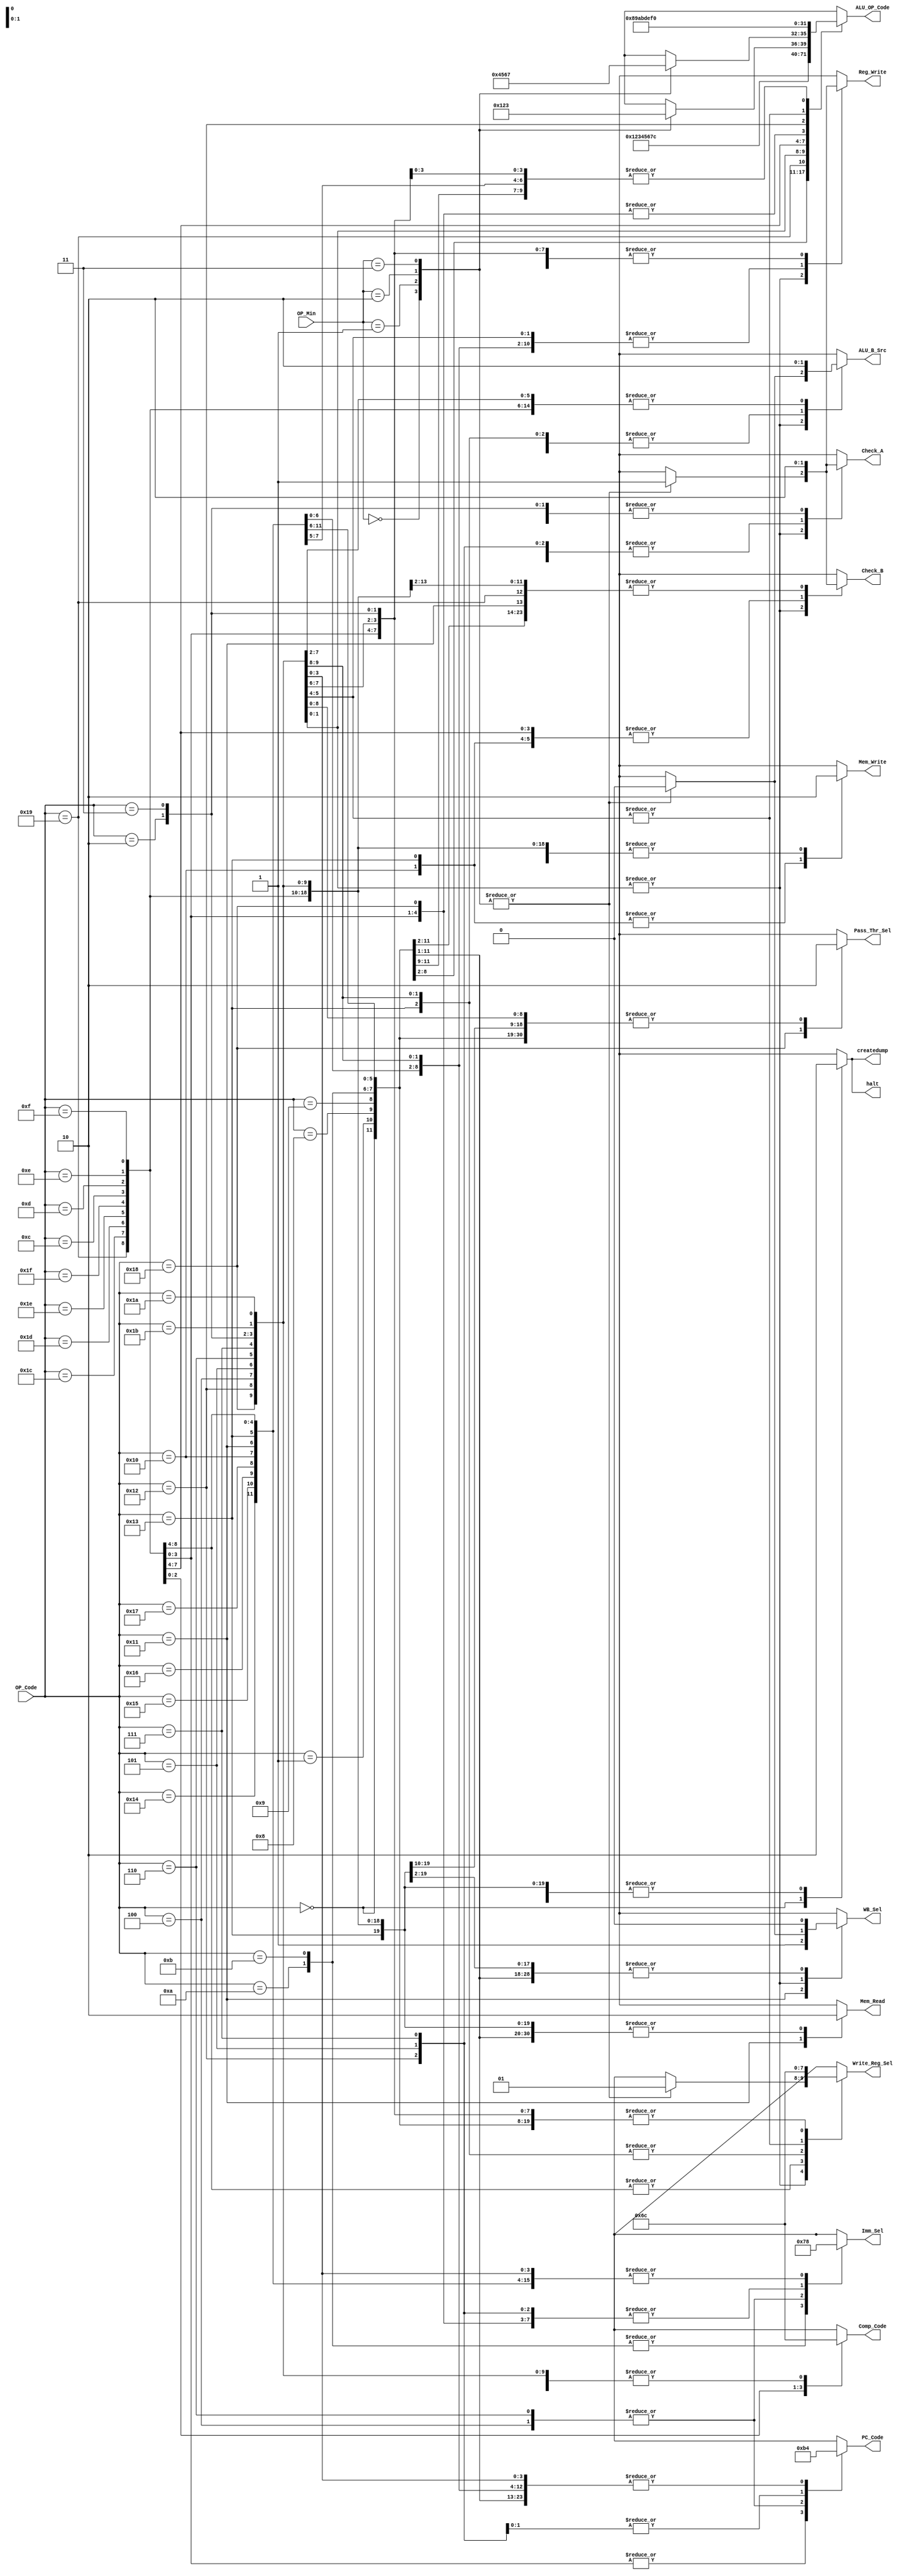
/********************************************************************************************************
/		MODULE: Processor_Control
/		PURPOSE: Given the instruction code to be performed, create the right control signals to propigate
			through the single cycle processor in order to perform that instruction.
/
/
/		INPUTS: OP_Code - Instruction to be performed
/					00000 xxxxxxxxxxx	HALT	Cease instruction issue, dump memory state to file
/					00001 xxxxxxxxxxx	NOP	None
/					01000 sss ddd iiiii		ADDI Rd, Rs, immediate	Rd <- Rs + I(sign ext.)
/					01001 sss ddd iiiii		SUBI Rd, Rs, immediate	Rd <- I(sign ext.) - Rs
/					01010 sss ddd iiiii		XORI Rd, Rs, immediate	Rd <- Rs XOR I(zero ext.)
/					01011 sss ddd iiiii		ANDNI Rd, Rs, immediate	Rd <- Rs AND ~I(zero ext.)
/					10100 sss ddd iiiii		ROLI Rd, Rs, immediate	Rd <- Rs <<(rotate) I(lowest 4 bits)
/					10101 sss ddd iiiii		SLLI Rd, Rs, immediate	Rd <- Rs << I(lowest 4 bits)
/					10110 sss ddd iiiii		RORI Rd, Rs, immediate	Rd <- Rs >>(rotate) I(lowest 4 bits)
/					10111 sss ddd iiiii		SRLI Rd, Rs, immediate	Rd <- Rs >> I(lowest 4 bits)
/					10000 sss ddd iiiii		ST Rd, Rs, immediate	Mem[Rs + I(sign ext.)] <- Rd
/					10001 sss ddd iiiii		LD Rd, Rs, immediate	Rd <- Mem[Rs + I(sign ext.)]
/					10011 sss ddd iiiii		STU Rd, Rs, immediate	Mem[Rs + I(sign ext.)] <- Rd, Rs <- Rs + I(sign ext.)
/					11001 sss xxx ddd xx	BTR Rd, Rs	Rd[bit i] <- Rs[bit 15-i] for i=0..15
/					11011 sss ttt ddd 00	ADD Rd, Rs, Rt	Rd <- Rs + Rt
/					11011 sss ttt ddd 01	SUB Rd, Rs, Rt	Rd <- Rt - Rs
/					11011 sss ttt ddd 10	XOR Rd, Rs, Rt	Rd <- Rs XOR Rt
/					11011 sss ttt ddd 11	ANDN Rd, Rs, Rt	Rd <- Rs AND ~Rt
/					11010 sss ttt ddd 00	ROL Rd, Rs, Rt	Rd <- Rs << (rotate) Rt (lowest 4 bits)
/					11010 sss ttt ddd 01	SLL Rd, Rs, Rt	Rd <- Rs << Rt (lowest 4 bits)
/					11010 sss ttt ddd 10	ROR Rd, Rs, Rt	Rd <- Rs >> (rotate) Rt (lowest 4 bits)
/					11010 sss ttt ddd 11	SRL Rd, Rs, Rt	Rd <- Rs >> Rt (lowest 4 bits)
/					11100 sss ttt ddd xx	SEQ Rd, Rs, Rt	if (Rs == Rt) then Rd <- 1 else Rd <- 0
/					11101 sss ttt ddd xx	SLT Rd, Rs, Rt	if (Rs < Rt) then Rd <- 1 else Rd <- 0
/					11110 sss ttt ddd xx	SLE Rd, Rs, Rt	if (Rs <= Rt) then Rd <- 1 else Rd <- 0
/					11111 sss ttt ddd xx	SCO Rd, Rs, Rt	if (Rs + Rt) generates carry out then Rd <- 1 else Rd <- 0
/					01100 sss iiiiiiii		BEQZ Rs, immediate	if (Rs == 0) then PC <- PC + 2 + I(sign ext.)
/					01101 sss iiiiiiii		BNEZ Rs, immediate	if (Rs != 0) then PC <- PC + 2 + I(sign ext.)
/					01110 sss iiiiiiii		BLTZ Rs, immediate	if (Rs < 0) then PC <- PC + 2 + I(sign ext.)
/					01111 sss iiiiiiii		BGEZ Rs, immediate	if (Rs >= 0) then PC <- PC + 2 + I(sign ext.)
/					11000 sss iiiiiiii		LBI Rs, immediate	Rs <- I(sign ext.)
/					10010 sss iiiiiiii		SLBI Rs, immediate	Rs <- (Rs << 8) | I(zero ext.)
/					00100 ddddddddddd		J displacement	PC <- PC + 2 + D(sign ext.)
/					00101 sss iiiiiiii		JR Rs, immediate	PC <- Rs + I(sign ext.)
/					00110 ddddddddddd		JAL displacement	R7 <- PC + 2, PC <- PC + 2 + D(sign ext.)
/					00111 sss iiiiiiii		JALR Rs, immediate	R7 <- PC + 2 PC <- Rs + I(sign ext.)
/					00010 siic Rs			produce IllegalOp exception. Must provide one source register.
/					00011 xxxxxxxxxxx		NOP / RTI	PC <- EPC
/
/		OUTPUTS: 
********************************************************************************************************/
module Processor_Control (OP_Code, OP_Min, Write_Reg_Sel, Reg_Write, PC_Code, Comp_Code, ALU_OP_Code, ALU_B_Src, Pass_Thr_Sel, Imm_Sel, Check_A, Check_B, Mem_Read, Mem_Write, WB_Sel, createdump, halt);

	input [4:0] OP_Code;
	input [1:0] OP_Min;

	output reg [1:0]	Write_Reg_Sel;
	output reg 			Reg_Write;
	output reg [1:0]	PC_Code;
	output reg [1:0]	Comp_Code;
	output reg [3:0]	ALU_OP_Code;
	output reg 			ALU_B_Src;
	output reg 			Pass_Thr_Sel;
	output reg [1:0]	Imm_Sel;
	output reg			Check_A;
	output reg			Check_B;
	output reg 			Mem_Read;
	output reg 			Mem_Write;
	output reg 			WB_Sel;
	output reg 			createdump;
	output reg 			halt;

always @ (OP_Code, OP_Min) begin
	Write_Reg_Sel = 2'h0;
	Reg_Write = 1'h0;
	PC_Code = 2'h0;
	Comp_Code = 2'h0;
	ALU_OP_Code = 4'h0;
	ALU_B_Src = 1'h0;
	Pass_Thr_Sel = 1'h0;
	Imm_Sel = 2'h0;
	Check_A = 1'h1;
	Check_B = 1'h1;
	Mem_Read = 1'h0;
	Mem_Write = 1'h0;
	WB_Sel = 1'h0;
	createdump = 1'h0;
	halt = 1'h0;
/*	
	Write_Reg_Sel [1:0]
		00 - Rd (Immediate) [7:5]
		01 - Rd (Register) [4:2]
		10 - Rs [10:8]
		11 - R7	
		
	Reg_Write - Write to Register
		0 - No Write
		1 - Write
	
	PC_Code[1:0] - Determine how the jump/branch PC is calculated
		00 - Standard Operation
		01 - Jump (Rs + Immediate)
		10 - Branch (PC + 2 + Immediate)
		11 - Jump (PC + 2 + Immediate)
	
	Check_A - Whether to check Rs for Stall, being used in instruction
		0 - Nope
		1 - Check it
		
	Check_B - Whether to check Rt for Stall, being used in instruction
		0 - Nope
		1 - Check it
		
	Comp_Code [1:0] - Comparison Codes
		00 - Equal
		01 - Not Equal
		10 - Less Than
		11 - Greater Than or Equal
		
	ALU_OP_Code = 0 // Add
	ALU_OP_Code = 1 // Subtract
	ALU_OP_Code = 2 // XOR
	ALU_OP_Code = 3 // ANDN
	ALU_OP_Code = 4 // Rotate Left
	ALU_OP_Code = 5 // Shift Left Logical
	ALU_OP_Code = 6 // Rotate Right
	ALU_OP_Code = 7 // Shift Right Logical
	ALU_OP_Code = 8 // Equal
	ALU_OP_Code = 9 // Less Than
	ALU_OP_Code = 10 A // Less Than or Equal
	ALU_OP_Code = 11 B // Carry Out
	ALU_OP_Code = 12 C // Flip
	ALU_OP_Code = 13 D // Pass Through
	ALU_OP_Code = 14 E // SLBI
	ALU_OP_Code = 15 F // PC + 2 Possibly Unused
	
	ALU_B_Src -
		0 = Register Source (Forwarding will determine from where)
		1 = Immediate Source (Already determined in Decode Stage)

	Pass_Thr_Sel - Which Src to pass through when pass through is selected
		0 = Pass through A
		1 = Pass through B
	
	Imm_Sel[1:0] - Select bits for output
		00 - 5 Bit Sign Extended
		01 - 5 Bit Zero Extended
		10 - 8 Bit Sign Extended
		11 - 11 Bit Sign Extended
		
	Mem_Read - Well
		0 - No Read
		1 - Read
		
	Mem_Write - Duh
		0 - No Write
		1 - Write
	
	WB_Sel
		0 - ALU
		1 - Memory
		
	createdump - Dump memory to things
		0 - No dump
		1 - Yes dump
		
	halt - If the processor is halted
		0 - Not halt
		1 - halt (This is complex because we have to let the other stages finish) Put halt signal at end of pipeline
			
	*/
	
	case(OP_Code)
		5'b00000: begin //HALT !!!!!!!
			//Write_Reg_Sel = 2'h0;
			//Reg_Write = 1'h0;
			//PC_Code = 2'h0; ****Make sure to Stall****
			//Comp_Code = 2'h0;
			//ALU_OP_Code = 4'h0;
			//ALU_B_Src = 1'h0;
			//Pass_Thr_Sel = 1'h0;
			//Imm_Sel = 2'h0;
			Check_A = 1'h0;
			Check_B = 1'h0;
			//Mem_Read = 1'h0;
			//Mem_Write = 1'h0;
			//WB_Sel = 1'h0;
			createdump = 1'h1;
			halt = 1'h1;
		end
		
        5'b00001: begin //NOP
			//Write_Reg_Sel = 2'h0;
			//Reg_Write = 1'h0;
			//PC_Code = 2'h0;
			//Comp_Code = 2'h0;
			//ALU_OP_Code = 4'h0;
			//ALU_B_Src = 1'h0;
			//Pass_Thr_Sel = 1'h0;
			//Imm_Sel = 2'h0;
			Check_A = 1'h0;
			Check_B = 1'h0;
			//Mem_Read = 1'h0;
			//Mem_Write = 1'h0;
			//WB_Sel = 1'h0;
			//createdump = 1'h0;
			//halt = 1'h0;
		end
		
		5'b01000: begin //ADDI
			Write_Reg_Sel = 2'h0;
			Reg_Write = 1'h1;
			//PC_Code = 2'h0;
			//Comp_Code = 2'h0;
			ALU_OP_Code = 4'h0;
			ALU_B_Src = 1'h1;
			//Pass_Thr_Sel = 1'h0;
			Imm_Sel = 2'h0;
			Check_A = 1'h1;
			Check_B = 1'h0;
			//Mem_Read = 1'h0;
			//Mem_Write = 1'h0;
			WB_Sel = 1'h0;
			//createdump = 1'h0;
			//halt = 1'h0;
		end
		
        5'b01001: begin //SUBI			
			Write_Reg_Sel = 2'h0;
			Reg_Write = 1'h1;
			//PC_Code = 2'h0;
			//Comp_Code = 2'h0;
			ALU_OP_Code = 4'h1;
			ALU_B_Src = 1'h1;
			//Pass_Thr_Sel = 1'h0;
			Imm_Sel = 2'h0;
			Check_A = 1'h1;
			Check_B = 1'h0;
			//Mem_Read = 1'h0;
			//Mem_Write = 1'h0;
			WB_Sel = 1'h0;
			//createdump = 1'h0;
			//halt = 1'h0;
		end
		
		5'b01010: begin //XORI
			Write_Reg_Sel = 2'h0;
			Reg_Write = 1'h1;
			//PC_Code = 2'h0;
			//Comp_Code = 2'h0;
			ALU_OP_Code = 4'h2;
			ALU_B_Src = 1'h1;
			//Pass_Thr_Sel = 1'h0;
			Imm_Sel = 2'h1;
			Check_A = 1'h1;
			Check_B = 1'h0;
			//Mem_Read = 1'h0;
			//Mem_Write = 1'h0;
			WB_Sel = 1'h0;
			//createdump = 1'h0;
			//halt = 1'h0;
		end
		
        5'b01011: begin //ANDNI
			Write_Reg_Sel = 2'h0;
			Reg_Write = 1'h1;
			//PC_Code = 2'h0;
			//Comp_Code = 2'h0;
			ALU_OP_Code = 4'h3;
			ALU_B_Src = 1'h1;
			//Pass_Thr_Sel = 1'h0;
			Imm_Sel = 2'h1;
			Check_A = 1'h1;
			Check_B = 1'h0;
			//Mem_Read = 1'h0;
			//Mem_Write = 1'h0;
			WB_Sel = 1'h0;
			//createdump = 1'h0;
			//halt = 1'h0;
		end
		
		5'b10100: begin //ROLI
			Write_Reg_Sel = 2'h0;
			Reg_Write = 1'h1;
			//PC_Code = 2'h0;
			//Comp_Code = 2'h0;
			ALU_OP_Code = 4'h4;
			ALU_B_Src = 1'h1;
			//Pass_Thr_Sel = 1'h0;
			Imm_Sel = 2'h0;
			Check_A = 1'h1;
			Check_B = 1'h0;
			//Mem_Read = 1'h0;
			//Mem_Write = 1'h0;
			WB_Sel = 1'h0;
			//createdump = 1'h0;
			//halt = 1'h0;
		end
		
        5'b10101: begin //SLLI
			Write_Reg_Sel = 2'h0;
			Reg_Write = 1'h1;
			//PC_Code = 2'h0;
			//Comp_Code = 2'h0;
			ALU_OP_Code = 4'h5;
			ALU_B_Src = 1'h1;
			//Pass_Thr_Sel = 1'h0;
			Imm_Sel = 2'h0;
			Check_A = 1'h1;
			Check_B = 1'h0;
			//Mem_Read = 1'h0;
			//Mem_Write = 1'h0;
			WB_Sel = 1'h0;
			//createdump = 1'h0;
			//halt = 1'h0;
		end
		
		5'b10110: begin //RORI
			Write_Reg_Sel = 2'h0;
			Reg_Write = 1'h1;
			//PC_Code = 2'h0;
			//Comp_Code = 2'h0;
			ALU_OP_Code = 4'h6;
			ALU_B_Src = 1'h1;
			//Pass_Thr_Sel = 1'h0;
			Imm_Sel = 2'h0;
			Check_A = 1'h1;
			Check_B = 1'h0;
			//Mem_Read = 1'h0;
			//Mem_Write = 1'h0;
			WB_Sel = 1'h0;
			//createdump = 1'h0;
			//halt = 1'h0;
		end
		
        5'b10111: begin //SRLI
			Write_Reg_Sel = 2'h0;
			Reg_Write = 1'h1;
			//PC_Code = 2'h0;
			//Comp_Code = 2'h0;
			ALU_OP_Code = 4'h7;
			ALU_B_Src = 1'h1;
			//Pass_Thr_Sel = 1'h0;
			Imm_Sel = 2'h0;
			Check_A = 1'h1;
			Check_B = 1'h0;
			//Mem_Read = 1'h0;
			//Mem_Write = 1'h0;
			WB_Sel = 1'h0;
			//createdump = 1'h0;
			//halt = 1'h0;
		end
		
		5'b10000: begin //ST TODO: Check
			//Write_Reg_Sel = 2'h0;
			//Reg_Write = 1'h0;
			//PC_Code = 2'h0;
			//Comp_Code = 2'h0;
			ALU_OP_Code = 4'h0;
			ALU_B_Src = 1'h1;
			//Pass_Thr_Sel = 1'h0;
			Imm_Sel = 2'h0;
			Check_A = 1'h1;
			Check_B = 1'h1;
			//Mem_Read = 1'h0;
			Mem_Write = 1'h1;
			//WB_Sel = 1'h0;
			//createdump = 1'h0;
			//halt = 1'h0;
		end
		
        5'b10001: begin //LD
			Write_Reg_Sel = 2'h0;
			Reg_Write = 1'h1;
			//PC_Code = 2'h0;
			//Comp_Code = 2'h0;
			ALU_OP_Code = 4'h0;
			ALU_B_Src = 1'h1;
			//Pass_Thr_Sel = 1'h0;
			Imm_Sel = 2'h0;
			Check_A = 1'h1;
			Check_B = 1'h0;
			Mem_Read = 1'h1;
			//Mem_Write = 1'h0;
			WB_Sel = 1'h1;
			//createdump = 1'h0;
			//halt = 1'h0;
		end
		
		5'b10011: begin //STU
			Write_Reg_Sel = 2'h2;
			Reg_Write = 1'h1;
			//PC_Code = 2'h0;
			//Comp_Code = 2'h0;
			ALU_OP_Code = 4'h0;
			ALU_B_Src = 1'h1;
			//Pass_Thr_Sel = 1'h0;
			Imm_Sel = 2'h0;
			Check_A = 1'h1;
			Check_B = 1'h1;
			//Mem_Read = 1'h0;
			Mem_Write = 1'h1;
			WB_Sel = 1'h0;
			//createdump = 1'h0;
			//halt = 1'h0;
		end
		
        5'b11001: begin //BTR
			Write_Reg_Sel = 2'h1;
			Reg_Write = 1'h1;
			//PC_Code = 2'h0;
			//Comp_Code = 2'h0;
			ALU_OP_Code = 4'hC;
			//ALU_B_Src = 1'h0;
			//Pass_Thr_Sel = 1'h0;
			//Imm_Sel = 2'h0;
			Check_A = 1'h1;
			Check_B = 1'h0;
			//Mem_Read = 1'h0;
			//Mem_Write = 1'h0;
			WB_Sel = 1'h0;
			//createdump = 1'h0;
			//halt = 1'h0;
		end
		
		5'b11011: begin //ADD|SUB|XOR|ANDN
			case(OP_Min)
				2'b00: begin //ADD
					Write_Reg_Sel = 2'h1;
					Reg_Write = 1'h1;
					//PC_Code = 2'h0;
					//Comp_Code = 2'h0;
					ALU_OP_Code = 4'h0;
					ALU_B_Src = 1'h0;
					//Pass_Thr_Sel = 1'h0;
					//Imm_Sel = 2'h0;
					Check_A = 1'h1;
					Check_B = 1'h1;
					//Mem_Read = 1'h0;
					//Mem_Write = 1'h0;
					WB_Sel = 1'h0;
					//createdump = 1'h0;
					//halt = 1'h0;
				end
				
				2'b01: begin //SUB
					Write_Reg_Sel = 2'h1;
					Reg_Write = 1'h1;
					//PC_Code = 2'h0;
					//Comp_Code = 2'h0;
					ALU_OP_Code = 4'h1;
					ALU_B_Src = 1'h0;
					//Pass_Thr_Sel = 1'h0;
					//Imm_Sel = 2'h0;
					Check_A = 1'h1;
					Check_B = 1'h1;
					//Mem_Read = 1'h0;
					//Mem_Write = 1'h0;
					WB_Sel = 1'h0;
					//createdump = 1'h0;
					//halt = 1'h0;
				end
				
				2'b10: begin //XOR
					Write_Reg_Sel = 2'h1;
					Reg_Write = 1'h1;
					//PC_Code = 2'h0;
					//Comp_Code = 2'h0;
					ALU_OP_Code = 4'h2;
					ALU_B_Src = 1'h0;
					//Pass_Thr_Sel = 1'h0;
					//Imm_Sel = 2'h0;
					Check_A = 1'h1;
					Check_B = 1'h1;
					//Mem_Read = 1'h0;
					//Mem_Write = 1'h0;
					WB_Sel = 1'h0;
					//createdump = 1'h0;
					//halt = 1'h0;
				end
				
				2'b11: begin //ANDN
					Write_Reg_Sel = 2'h1;
					Reg_Write = 1'h1;
					//PC_Code = 2'h0;
					//Comp_Code = 2'h0;
					ALU_OP_Code = 4'h3;
					ALU_B_Src = 1'h0;
					//Pass_Thr_Sel = 1'h0;
					//Imm_Sel = 2'h0;
					Check_A = 1'h1;
					Check_B = 1'h1;
					//Mem_Read = 1'h0;
					//Mem_Write = 1'h0;
					WB_Sel = 1'h0;
					//createdump = 1'h0;
					//halt = 1'h0;
				end
			endcase
		end
		
		5'b11010: begin //ROL|SLL|ROR|SRL
			case(OP_Min)
				2'b00: begin //ROL
					Write_Reg_Sel = 2'h1;
					Reg_Write = 1'h1;
					//PC_Code = 2'h0;
					//Comp_Code = 2'h0;
					ALU_OP_Code = 4'h4;
					ALU_B_Src = 1'h0;
					//Pass_Thr_Sel = 1'h0;
					//Imm_Sel = 2'h0;
					Check_A = 1'h1;
					Check_B = 1'h1;
					//Mem_Read = 1'h0;
					//Mem_Write = 1'h0;
					WB_Sel = 1'h0;
					//createdump = 1'h0;
					//halt = 1'h0;
				end
				
				2'b01: begin //SLL
					Write_Reg_Sel = 2'h1;
					Reg_Write = 1'h1;
					//PC_Code = 2'h0;
					//Comp_Code = 2'h0;
					ALU_OP_Code = 4'h5;
					ALU_B_Src = 1'h0;
					//Pass_Thr_Sel = 1'h0;
					//Imm_Sel = 2'h0;
					Check_A = 1'h1;
					Check_B = 1'h1;
					//Mem_Read = 1'h0;
					//Mem_Write = 1'h0;
					WB_Sel = 1'h0;
					//createdump = 1'h0;
					//halt = 1'h0;
				end
				
				2'b10: begin //ROR
					Write_Reg_Sel = 2'h1;
					Reg_Write = 1'h1;
					//PC_Code = 2'h0;
					//Comp_Code = 2'h0;
					ALU_OP_Code = 4'h6;
					ALU_B_Src = 1'h0;
					//Pass_Thr_Sel = 1'h0;
					//Imm_Sel = 2'h0;
					Check_A = 1'h1;
					Check_B = 1'h1;
					//Mem_Read = 1'h0;
					//Mem_Write = 1'h0;
					WB_Sel = 1'h0;
					//createdump = 1'h0;
					//halt = 1'h0;
				end
				
				2'b11: begin //SRL
					Write_Reg_Sel = 2'h1;
					Reg_Write = 1'h1;
					//PC_Code = 2'h0;
					//Comp_Code = 2'h0;
					ALU_OP_Code = 4'h7;
					ALU_B_Src = 1'h0;
					//Pass_Thr_Sel = 1'h0;
					//Imm_Sel = 2'h0;
					Check_A = 1'h1;
					Check_B = 1'h1;
					//Mem_Read = 1'h0;
					//Mem_Write = 1'h0;
					WB_Sel = 1'h0;
					//createdump = 1'h0;
					//halt = 1'h0;
				end
				
			endcase
		end
		
		5'b11100: begin //SEQ
			Write_Reg_Sel = 2'h1;
			Reg_Write = 1'h1;
			//PC_Code = 2'h0;
			//Comp_Code = 2'h0;
			ALU_OP_Code = 4'h8;
			ALU_B_Src = 1'h0;
			//Pass_Thr_Sel = 1'h0;
			//Imm_Sel = 2'h0;
			Check_A = 1'h1;
			Check_B = 1'h1;
			//Mem_Read = 1'h0;
			//Mem_Write = 1'h0;
			WB_Sel = 1'h0;
			//createdump = 1'h0;
			//halt = 1'h0;
		end
		
		5'b11101: begin //SLT
			Write_Reg_Sel = 2'h1;
			Reg_Write = 1'h1;
			//PC_Code = 2'h0;
			//Comp_Code = 2'h0;
			ALU_OP_Code = 4'h9;
			ALU_B_Src = 1'h0;
			//Pass_Thr_Sel = 1'h0;
			//Imm_Sel = 2'h0;
			Check_A = 1'h1;
			Check_B = 1'h1;
			//Mem_Read = 1'h0;
			//Mem_Write = 1'h0;
			WB_Sel = 1'h0;
			//createdump = 1'h0;
			//halt = 1'h0;
		end
		
		5'b11110: begin //SLE
			Write_Reg_Sel = 2'h1;
			Reg_Write = 1'h1;
			//PC_Code = 2'h0;
			//Comp_Code = 2'h0;
			ALU_OP_Code = 4'hA;
			ALU_B_Src = 1'h0;
			//Pass_Thr_Sel = 1'h0;
			//Imm_Sel = 2'h0;
			Check_A = 1'h1;
			Check_B = 1'h1;
			//Mem_Read = 1'h0;
			//Mem_Write = 1'h0;
			WB_Sel = 1'h0;
			//createdump = 1'h0;
			//halt = 1'h0;
		end
		
		5'b11111: begin //SCO
			Write_Reg_Sel = 2'h1;
			Reg_Write = 1'h1;
			//PC_Code = 2'h0;
			//Comp_Code = 2'h0;
			ALU_OP_Code = 4'hB;
			ALU_B_Src = 1'h0;
			//Pass_Thr_Sel = 1'h0;
			//Imm_Sel = 2'h0;
			Check_A = 1'h1;
			Check_B = 1'h1;
			//Mem_Read = 1'h0;
			//Mem_Write = 1'h0;
			WB_Sel = 1'h0;
			//createdump = 1'h0;
			//halt = 1'h0;
		end
		
		5'b01100: begin //BEQZ
			//Write_Reg_Sel = 2'h0;
			//Reg_Write = 1'h0;
			PC_Code = 2'h2;
			Comp_Code = 2'h0;
			ALU_OP_Code = 4'hD;
			ALU_B_Src = 1'h0;
			Pass_Thr_Sel = 1'h0;
			Imm_Sel = 2'h2;
			Check_A = 1'h1;
			Check_B = 1'h0;
			//Mem_Read = 1'h0;
			//Mem_Write = 1'h0;
			//WB_Sel = 1'h0;
			//createdump = 1'h0;
			//halt = 1'h0;
		end
		
		5'b01101: begin //BNEZ
			//Write_Reg_Sel = 2'h0;
			//Reg_Write = 1'h0;
			PC_Code = 2'h2;
			Comp_Code = 2'h1;
			ALU_OP_Code = 4'hD;
			ALU_B_Src = 1'h0;
			Pass_Thr_Sel = 1'h0;
			Imm_Sel = 2'h2;
			Check_A = 1'h1;
			Check_B = 1'h0;
			//Mem_Read = 1'h0;
			//Mem_Write = 1'h0;
			//WB_Sel = 1'h0;
			//createdump = 1'h0;
			//halt = 1'h0;
		end
		
		5'b01110: begin //BLTZ
			//Write_Reg_Sel = 2'h0;
			//Reg_Write = 1'h0;
			PC_Code = 2'h2;
			Comp_Code = 2'h2;
			ALU_OP_Code = 4'hD;
			ALU_B_Src = 1'h0;
			Pass_Thr_Sel = 1'h0;
			Imm_Sel = 2'h2;
			Check_A = 1'h1;
			Check_B = 1'h0;
			//Mem_Read = 1'h0;
			//Mem_Write = 1'h0;
			//WB_Sel = 1'h0;
			//createdump = 1'h0;
			//halt = 1'h0;
		end
		
		5'b01111: begin //BGEZ
			//Write_Reg_Sel = 2'h0;
			//Reg_Write = 1'h0;
			PC_Code = 2'h2;
			Comp_Code = 2'h3;
			ALU_OP_Code = 4'hD;
			ALU_B_Src = 1'h0;
			Pass_Thr_Sel = 1'h0;
			Imm_Sel = 2'h2;
			Check_A = 1'h1;
			Check_B = 1'h0;
			//Mem_Read = 1'h0;
			//Mem_Write = 1'h0;
			//WB_Sel = 1'h0;
			//createdump = 1'h0;
			//halt = 1'h0;
		end
		
		5'b11000: begin //LBI
			Write_Reg_Sel = 2'h2;
			Reg_Write = 1'h1;
			//PC_Code = 2'h0;
			//Comp_Code = 2'h0;
			ALU_OP_Code = 4'hD;
			ALU_B_Src = 1'h1;
			Pass_Thr_Sel = 1'h1;
			Imm_Sel = 2'h2;
			Check_A = 1'h0;
			Check_B = 1'h0;
			//Mem_Read = 1'h0;
			//Mem_Write = 1'h0;
			WB_Sel = 1'h0;
			//createdump = 1'h0;
			//halt = 1'h0;
		end
		
		5'b10010: begin //SLBI
			Write_Reg_Sel = 2'h2;
			Reg_Write = 1'h1;
			//PC_Code = 2'h0;
			//Comp_Code = 2'h0;
			ALU_OP_Code = 4'hE;
			ALU_B_Src = 1'h1;
			//Pass_Thr_Sel = 1'h0;
			Imm_Sel = 2'h2;
			Check_A = 1'h1;
			Check_B = 1'h0;
			//Mem_Read = 1'h0;
			//Mem_Write = 1'h0;
			WB_Sel = 1'h0;
			//createdump = 1'h0;
			//halt = 1'h0;
		end
		
		5'b00100: begin //J
			//Write_Reg_Sel = 2'h0;
			//Reg_Write = 1'h0;
			PC_Code = 2'h3;
			//Comp_Code = 2'h0;
			//ALU_OP_Code = 4'h0;
			//ALU_B_Src = 1'h0;
			//Pass_Thr_Sel = 1'h0;
			Imm_Sel = 2'h3;
			Check_A = 1'h0;
			Check_B = 1'h0;
			//Mem_Read = 1'h0;
			//Mem_Write = 1'h0;
			//WB_Sel = 1'h0;
			//createdump = 1'h0;
			//halt = 1'h0;
		end
		
		5'b00101: begin //JR
			//Write_Reg_Sel = 2'h0;
			//Reg_Write = 1'h0;
			PC_Code = 2'h1;
			//Comp_Code = 2'h0;
			//ALU_OP_Code = 4'h0;
			//ALU_B_Src = 1'h0;
			//Pass_Thr_Sel = 1'h0;
			Imm_Sel = 2'h2;
			Check_A = 1'h1;
			Check_B = 1'h0;
			//Mem_Read = 1'h0;
			//Mem_Write = 1'h0;
			//WB_Sel = 1'h0;
			//createdump = 1'h0;
			//halt = 1'h0;
		end
		
		5'b00110: begin //JAL
			Write_Reg_Sel = 2'h3;
			Reg_Write = 1'h1;
			PC_Code = 2'h3;
			//Comp_Code = 2'h0;
			ALU_OP_Code = 4'hF;
			//ALU_B_Src = 1'h0;
			//Pass_Thr_Sel = 1'h0;
			Imm_Sel = 2'h3;
			Check_A = 1'h0;
			Check_B = 1'h0;
			//Mem_Read = 1'h0;
			//Mem_Write = 1'h0;
			WB_Sel = 1'h0;
			//createdump = 1'h0;
			//halt = 1'h0;
		end
		
		5'b00111: begin //JALR
			Write_Reg_Sel = 2'h3;
			Reg_Write = 1'h1;
			PC_Code = 2'h1;
			//Comp_Code = 2'h0;
			ALU_OP_Code = 4'hF;
			//ALU_B_Src = 1'h0;
			//Pass_Thr_Sel = 1'h0;
			Imm_Sel = 2'h2;
			Check_A = 1'h1;
			Check_B = 1'h0;
			//Mem_Read = 1'h0;
			//Mem_Write = 1'h0;
			WB_Sel = 1'h0;
			//createdump = 1'h0;
			//halt = 1'h0;
		end
		
		5'b00010: begin //siic FIGURE OUT
			//Write_Reg_Sel = 2'h0;
			//Reg_Write = 1'h0;
			//PC_Code = 2'h0;
			//Comp_Code = 2'h0;
			//ALU_OP_Code = 4'h0;
			//ALU_B_Src = 1'h0;
			//Pass_Thr_Sel = 1'h0;
			//Imm_Sel = 2'h0;
			Check_A = 1'h0;
			Check_B = 1'h0;
			//Mem_Read = 1'h0;
			//Mem_Write = 1'h0;
			//WB_Sel = 1'h0;
			//createdump = 1'h0;
			//halt = 1'h0;
		end
		
		5'b00011: begin //NOP / RTI FIGURE OUT
			//Write_Reg_Sel = 2'h0;
			//Reg_Write = 1'h0;
			//PC_Code = 2'h0;
			//Comp_Code = 2'h0;
			//ALU_OP_Code = 4'h0;
			//ALU_B_Src = 1'h0;
			//Pass_Thr_Sel = 1'h0;
			//Imm_Sel = 2'h0;
			Check_A = 1'h0;
			Check_B = 1'h0;
			//Mem_Read = 1'h0;
			//Mem_Write = 1'h0;
			//WB_Sel = 1'h0;
			//createdump = 1'h0;
			//halt = 1'h0;
		end
	endcase
end

endmodule